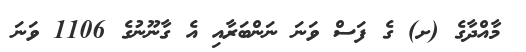
މާއްދާގެ (ށ) ގެ ފަސް ވަނަ ނަންބަރާއި އެ ގާނޫނުގެ 1106 ވަނަ